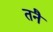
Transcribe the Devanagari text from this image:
तनै